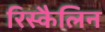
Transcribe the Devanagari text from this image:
रिस्कैलिन